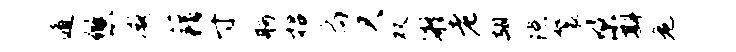
遁悠减藉寸舸招扃欠双凝老翅隙鬟梁斟危